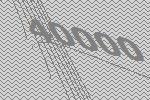
40000